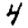
Digit: 4